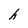
Character: h